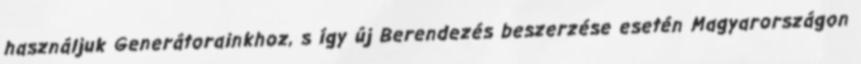
használjuk Generátorainkhoz, s így új Berendezés beszerzése esetén Magyarországon